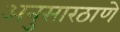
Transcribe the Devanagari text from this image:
अनुसारठाणे